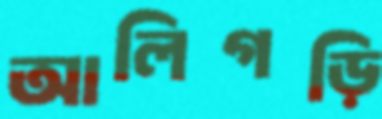
আলিগড়ি